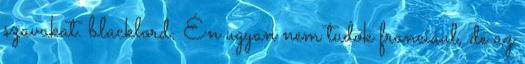
szavakat. blacklord: Én ugyan nem tudok franciául, de az